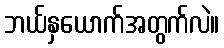
ဘယ်နှယောက်အတွက်လဲ။